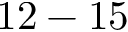
1 2 - 1 5